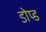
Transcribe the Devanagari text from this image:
डोप्ड